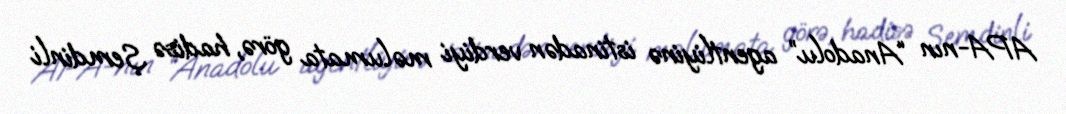
APA-nın “Anadolu” agentliyinə istinadən verdiyi məlumata görə, hadisə Şemdinli